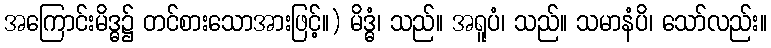
အကြောင်းမိဒ္ဓ၌ တင်စားသောအားဖြင့်။) မိဒ္ဓံ၊ သည်။ အရူပံ၊ သည်။ သမာနံပိ၊ သော်လည်း။